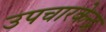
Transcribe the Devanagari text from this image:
उपचारकेन्द्र